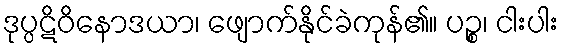
ဒုပ္ပဋိဝိနောဒယာ၊ ဖျောက်နိုင်ခဲကုန်၏။ ပဉ္စ၊ ငါးပါး